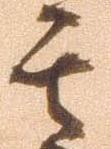
其